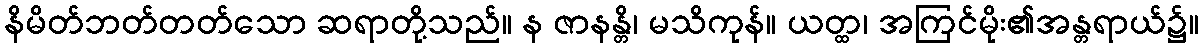
နိမိတ်ဘတ်တတ်သော ဆရာတို့သည်။ န ဇာနန္တိ၊ မသိကုန်။ ယတ္ထ၊ အကြင်မိုး၏အန္တရာယ်၌။